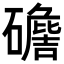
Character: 𥖷